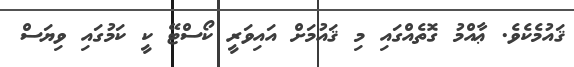
ޤައުމެކެވެ. ޢާއްމު ގޮތެއްގައި މި ޤައުމަށް އައިވަރީ ކޯސްޓޭ ކީ ކަމުގައި ވިޔަސް